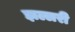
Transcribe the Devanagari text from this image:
झल्लरी